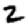
Digit: 2